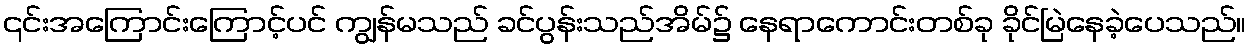
၎င်းအကြောင်းကြောင့်ပင် ကျွန်မသည် ခင်ပွန်းသည်အိမ်၌ နေရာကောင်းတစ်ခု ခိုင်မြဲနေခဲ့ပေသည်။